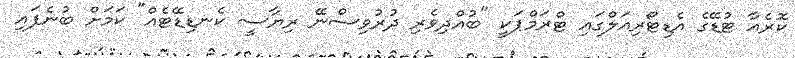
ކޮރެއާ ޓުޑޭގެ އެޑިޓޯރިއަލްގައި ޓްރަމްޕަކީ "ބުއްދިވެރި ދުރުވިސްނޭ ރިޔާސީ ކެނޑިޑޭޓެއް" ކަމަށް ބުނެފައި